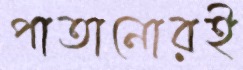
পাতানোরই